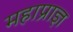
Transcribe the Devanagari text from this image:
महाप्राज्ञ